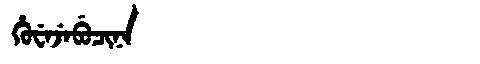
Manchu: ᡥᡠᠸᡝᠵᡝᠪᡠᠴᡳᠨᠠ
Romanization: HUWEJEBUCINA